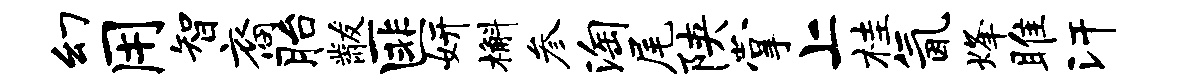
幻用智裔胎黻匪妍槲参淘尾陕掌上桂氤烽雎汗